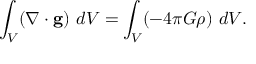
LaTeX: \int _ { V } ( \nabla \cdot \mathbf { g } ) \ d V = \int _ { V } ( - 4 \pi G \rho ) \ d V .